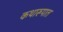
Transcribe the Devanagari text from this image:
कथारूपात